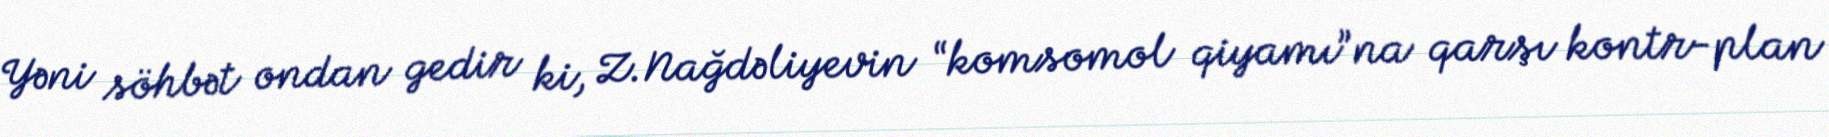
Yəni söhbət ondan gedir ki, Z.Nağdəliyevin “komsomol qiyamı”na qarşı kontr-plan